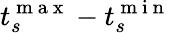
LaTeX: t_{{s}}^{\mathrm{~m~a~x~}}-t_{{s}}^{\mathrm{~m~i~n~}}